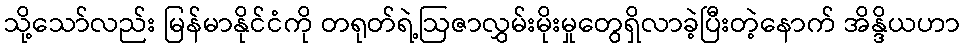
သို့သော်လည်း မြန်မာနိုင်ငံကို တရုတ်ရဲ့ဩဇာလွှမ်းမိုးမှုတွေရှိလာခဲ့ပြီးတဲ့နောက် အိန္ဒိယဟာ